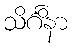
သိင်္ဂိနာ